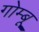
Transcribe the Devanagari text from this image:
गोम्बू